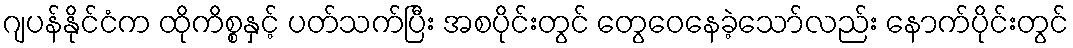
ဂျပန်နိုင်ငံက ထိုကိစ္စနှင့် ပတ်သက်ပြီး အစပိုင်းတွင် တွေဝေနေခဲ့သော်လည်း နောက်ပိုင်းတွင်